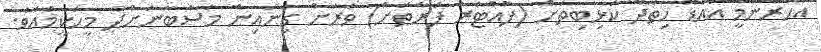
އަހަރެންމީ އައްޑޫ ހިތަދޫ ކަޅިބިތަށް (ފުއްޓަރު ފަރާތަށް) ވަރަށް ގިނައިން މަސްބާނަށްދާ މީހަކީމުއެވެ.